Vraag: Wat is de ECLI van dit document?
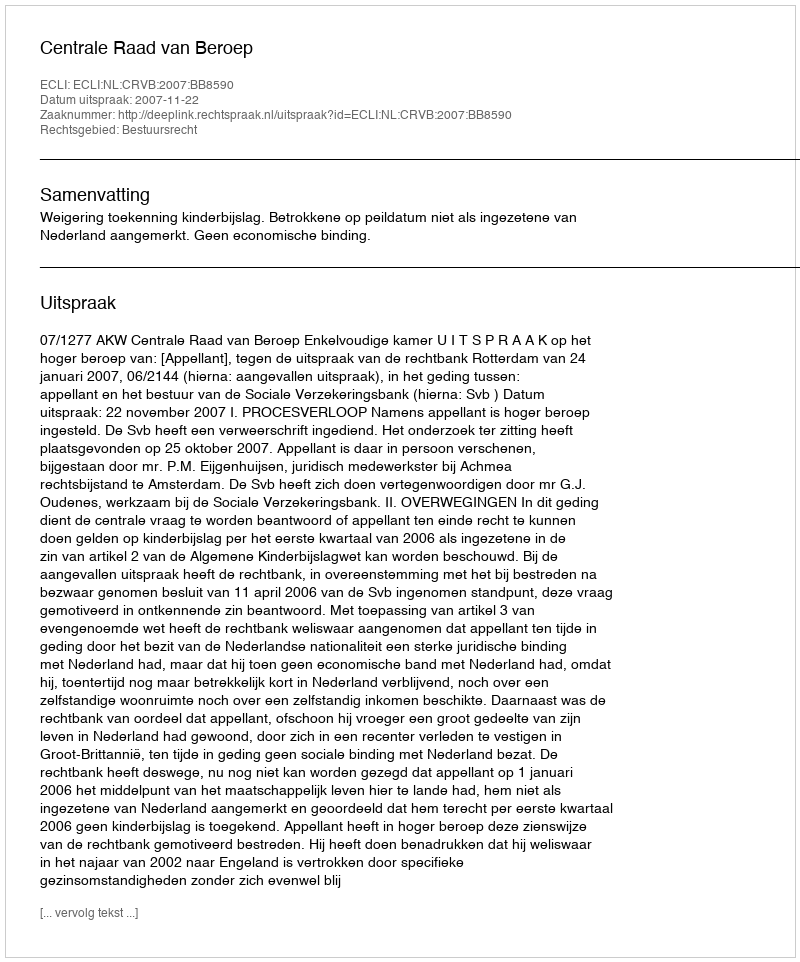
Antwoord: ECLI:NL:CRVB:2007:BB8590